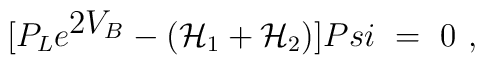
\big [ P_L e^{{\displaystyle 2V_B}} - ({\cal H}_1+{\cal H}_2)\big ]\\Psi\ =\ 0\ ,